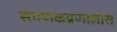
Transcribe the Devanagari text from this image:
संगणकप्रणालीस